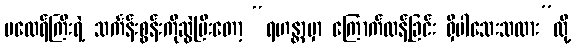
မထေရ်ကြီးရဲ့ သင်္ကန်းစွန်းကိုဆွဲပြီးတော့ “ရဟန္တာမှာ ကြောက်လန့်ခြင်း ရှိပါသေးသလား”လို့